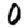
Digit: 0